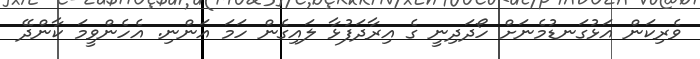
ވެރިކަން އަޅުގަނޑުމެނަށް ހޯދަދިނީ ގެ އިރާދަފުޅާ ލައިގެން ހަމަ އަންނި. އެހެންވީމަ ކާންދޭ